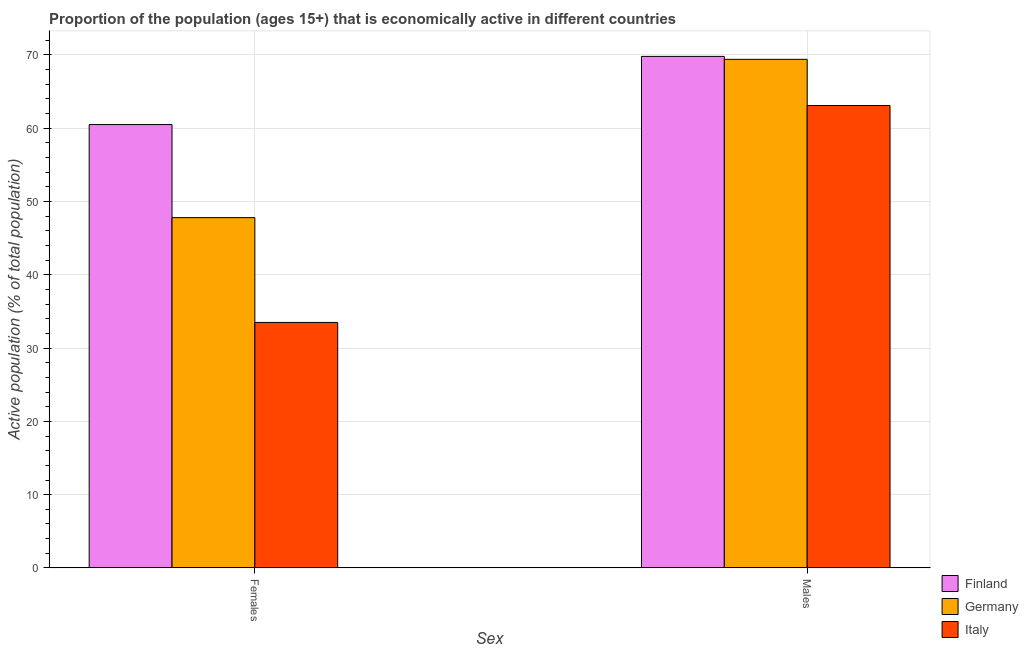
| Sex | Finland | Germany | Italy |
 | --- | --- | --- | --- |
 | Females | 60.5 | 47.8 | 33.5 |
 | Males | 69.8 | 69.4 | 63.1 |